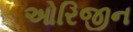
ઓરિજીન